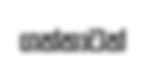
ගත්තාටත්